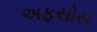
અફસોસ